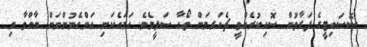
ސޮސައިޓީގެ ފަރާތުން ސޮއިކުރެއްވީ ޗެއަރމަން ތޯހާ ސަލީމެވެ. ހަމައެކަނި އަންހެނުންނަށް ބާއްވާ މި